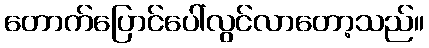
တောက်ပြောင်ပေါ်လွင်လာတော့သည်။